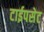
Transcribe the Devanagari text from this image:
टाईपसेट